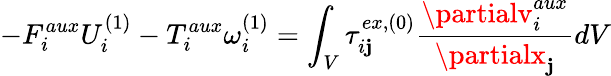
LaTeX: -F_{i}^{aux}U_{i}^{(1)}-T_{i}^{aux}\omega_{i}^{(1)}=\int_{V}\tau_{i\mathbf{j}}^{ex,(0)}\frac{{\partialv_{i}^{aux}}}{{\partialx_{\mathbf{j}}}}dV